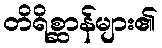
တိရိစ္ဆာန်များ၏